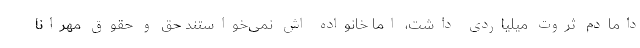
دامادم ثروت میلیاردی داشت، اما خانواده اش نمی‌خواستند حق و حقوق مهرانا